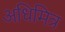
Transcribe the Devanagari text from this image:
अधिमित्र